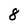
Character: 8